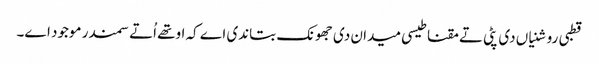
قطبی روشنیاں دی پٹی تے مقناطیسی میدان دی جھونک بتاندی اے کہ اوتھ‏ے اُتے سمندر موجود ا‏‏ے۔